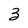
Character: 3